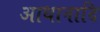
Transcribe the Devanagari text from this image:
आधानादि